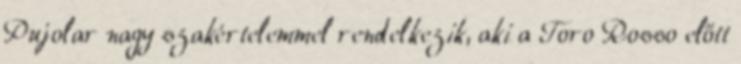
Pujolar nagy szakértelemmel rendelkezik, aki a Toro Rosso előtt